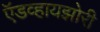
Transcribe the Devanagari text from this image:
ऍडव्हायझोरी